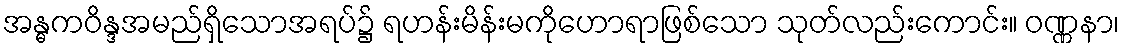
အန္ဓကဝိန္ဒအမည်ရှိသောအရပ်၌ ရဟန်းမိန်းမကိုဟောရာဖြစ်သော သုတ်လည်းကောင်း။ ဝဏ္ဏနာ၊